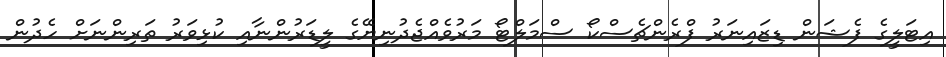
އިޓަލީގެ ފެޝަން ޑިޒައިނަރު ފްރެންޗެސްކޯ ސްމަލްޓޯ މަރުވެއްޖެދުނިޔޭގެ ލީޑަރުންނާއި ކުޅިވަރު ތަރިންނަށް ހެދުން